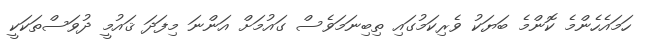
ހަމައެހެންމެ ކޮންމެ ބަޔަކު ވެރިކަމުގައި ތިބިނަމަވެސް ގައުމަށް އަންނަ މިފަދަ ޤައުމީ ދުވަސްތަކަކީ